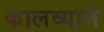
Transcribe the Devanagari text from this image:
कालव्याने